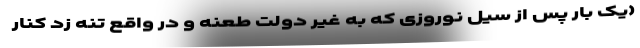
(یک بار پس از سیل نوروزی که به غیر دولت طعنه و در واقع تنه زد کنار